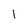
Character: 1